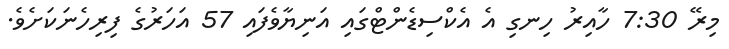
މިރޭ 7:30 ހާއިރު ހިނގި އެ އެކްސިޑެންޓްގައި އަނިޔާވެފައި 57 އަހަރުގެ ފިރިހެނަކަށެވެ.